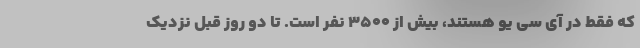
که فقط در آی سی یو هستند، بیش از ۳۵۰۰ نفر است. تا دو روز قبل نزدیک